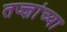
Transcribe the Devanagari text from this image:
तज्ज्ञांच्‍या